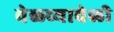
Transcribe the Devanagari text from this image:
वेळच्यावेळी